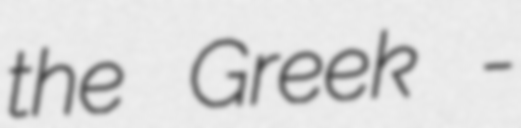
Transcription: the Greek δι-